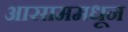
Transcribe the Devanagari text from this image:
आसाममधून